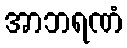
အာဘရဏံ